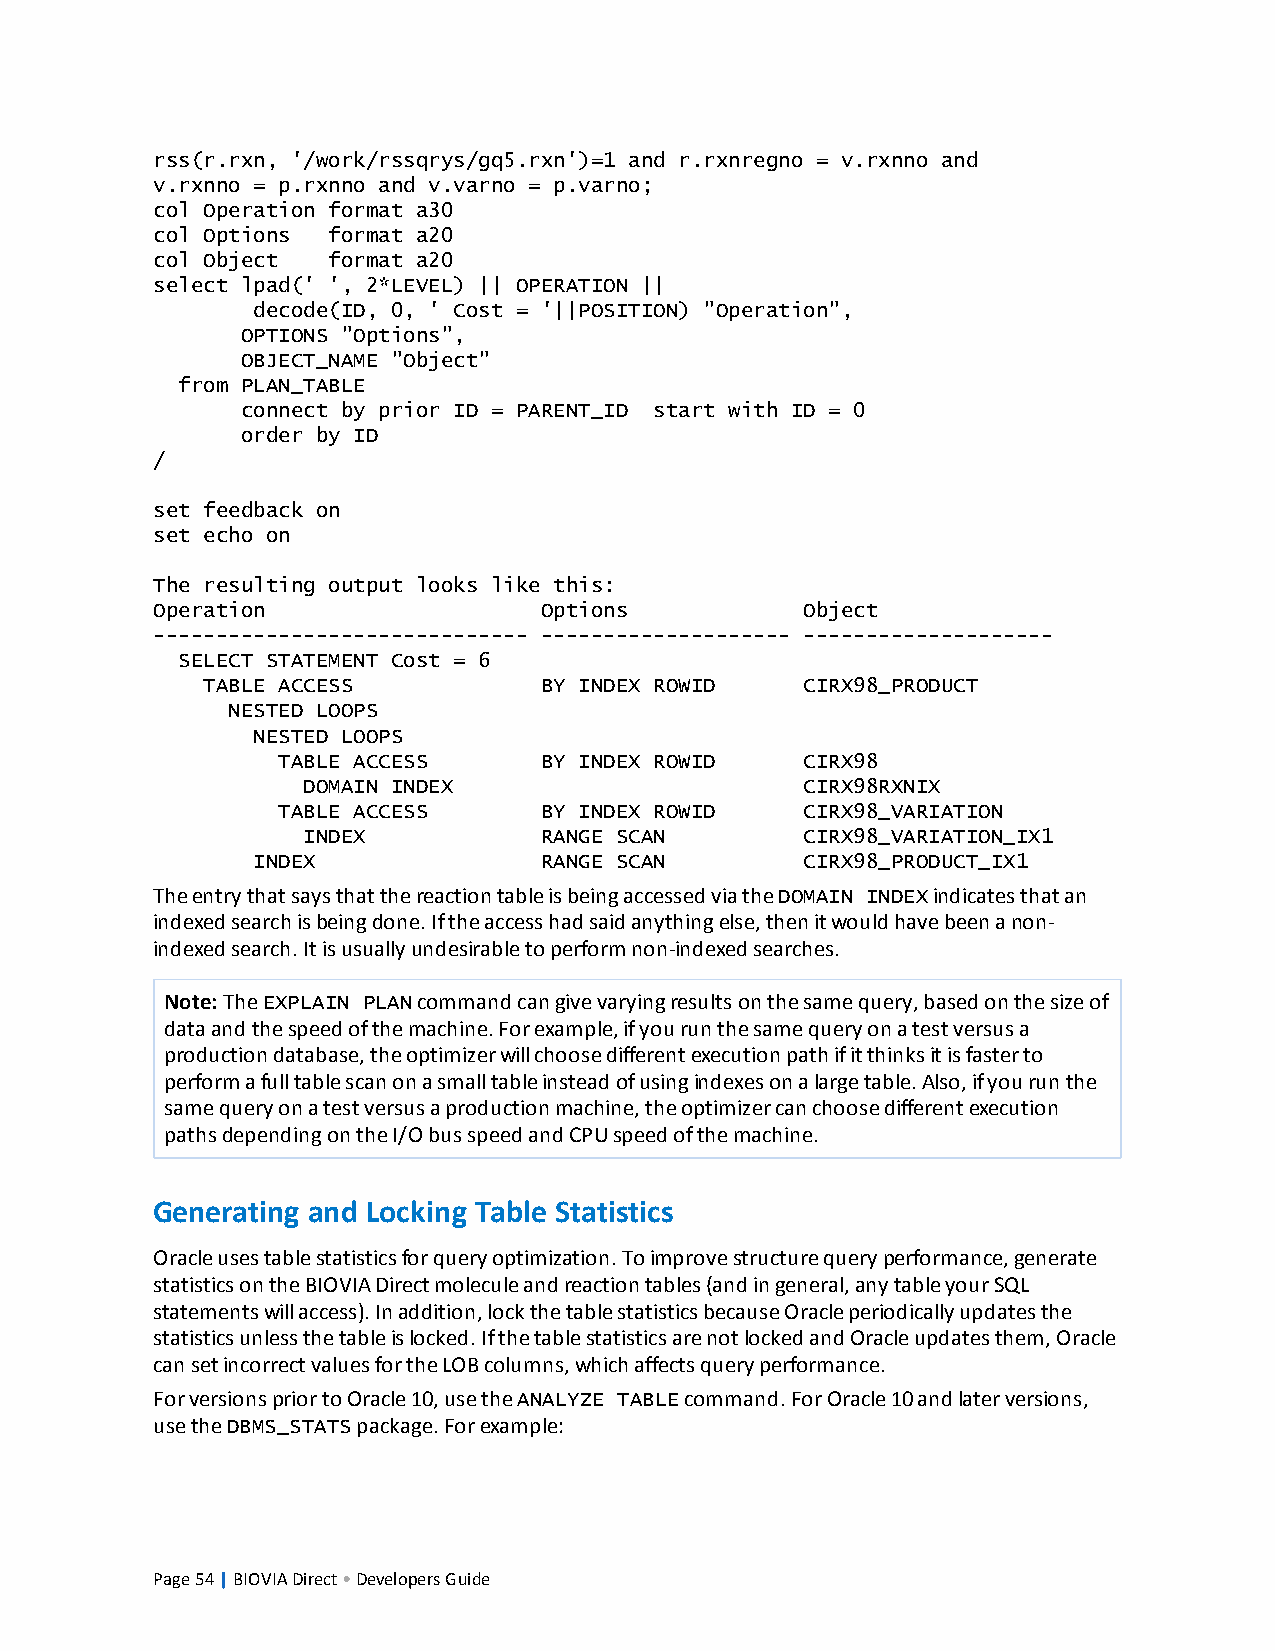
rss(r.rxn, '/work/rssqrys/gq5.rxn')=1 and r.rxnregno = v.rxnno and
 v.rxnno = p.rxnno and v.varno = p.varno;
 col Operation format a30
 col Options format a20
 col Object  format a20
 select lpad(' ', 2*LEVEL) || OPERATION ||
 decode(ID, 0, ' Cost = '||POSITION) "Operation",
 OPTIONS "Options",
 OBJECT_NAME "Object"
 from PLAN_TABLE
 connect by prior ID = PARENT_ID start with ID = 0
 order by ID
 /
 set feedback on
 set echo on
 The resulting output looks like this:
 Operation                 Options          Object
 ------------------------------ -------------------- --------------------
 SELECT STATEMENT Cost = 6
 TABLE ACCESS           BY INDEX ROWID   CIRX98_PRODUCT
 NESTED LOOPS
 NESTED LOOPS
 TABLE ACCESS      BY INDEX ROWID   CIRX98
 DOMAIN INDEX                     CIRX98RXNIX
 TABLE ACCESS      BY INDEX ROWID   CIRX98_VARIATION
 INDEX           RANGE SCAN       CIRX98_VARIATION_IX1
 INDEX              RANGE SCAN       CIRX98_PRODUCT_IX1
 TheentrythatsaysthatthereactiontableisbeingaccessedviatheDOMAIN INDEXindicatesthatan
 indexedsearchisbeingdone.Iftheaccesshadsaidanythingelse,thenitwouldhavebeenanon-
 indexedsearch.Itisusuallyundesirabletoperformnon-indexedsearches.
 Note:TheEXPLAIN PLANcommandcangivevaryingresultsonthesamequery,basedonthesizeof
 dataandthespeedofthemachine.Forexample,ifyourunthesamequeryonatestversusa
 productiondatabase,theoptimizerwillchoosedifferentexecutionpathifitthinksitisfasterto
 performafulltablescanonasmalltableinsteadofusingindexesonalargetable.Also,ifyourunthe
 samequeryonatestversusaproductionmachine,theoptimizercanchoosedifferentexecution
 pathsdependingontheI/ObusspeedandCPUspeedofthemachine.
 Generating and Locking Table Statistics
 Oracleusestablestatisticsforqueryoptimization.Toimprovestructurequeryperformance,generate
 statisticsontheBIOVIADirectmoleculeandreactiontables(andingeneral,anytableyourSQL
 statementswillaccess).Inaddition,lockthetablestatisticsbecauseOracleperiodicallyupdatesthe
 statisticsunlessthetableislocked.IfthetablestatisticsarenotlockedandOracleupdatesthem,Oracle
 cansetincorrectvaluesfortheLOBcolumns,whichaffectsqueryperformance.
 ForversionspriortoOracle10,usetheANALYZE TABLEcommand.ForOracle10andlaterversions,
 usetheDBMS_STATSpackage.Forexample:
 Page54|BIOVIADirect•DevelopersGuide